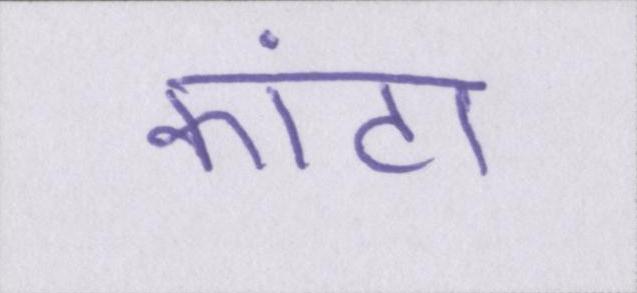
कांटा